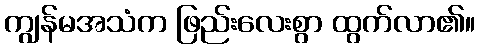
ကျွန်မအသံက ဖြည်းလေးစွာ ထွက်လာ၏။